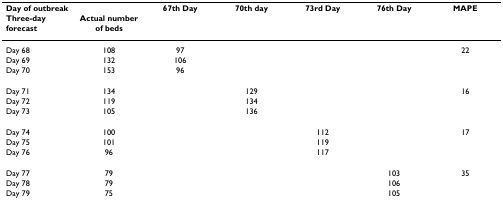
<table><thead><tr><td><b>Day of outbreak</b></td><td></td><td><b>67th Day</b></td><td><b>70th day</b></td><td><b>73rd Day</b></td><td><b>76th Day</b></td><td><b>MAPE</b></td></tr><tr><td><b>Three-day forecast</b></td><td><b>Actual number of beds</b></td><td></td><td></td><td></td><td></td><td></td></tr></thead><tbody><tr><td>Day 68</td><td>108</td><td>97</td><td></td><td></td><td></td><td>22</td></tr><tr><td>Day 69</td><td>132</td><td>106</td><td></td><td></td><td></td><td></td></tr><tr><td>Day 70</td><td>153</td><td>96</td><td></td><td></td><td></td><td></td></tr><tr><td>Day 71</td><td>134</td><td></td><td>129</td><td></td><td></td><td>16</td></tr><tr><td>Day 72</td><td>119</td><td></td><td>134</td><td></td><td></td><td></td></tr><tr><td>Day 73</td><td>105</td><td></td><td>136</td><td></td><td></td><td></td></tr><tr><td>Day 74</td><td>100</td><td></td><td></td><td>112</td><td></td><td>17</td></tr><tr><td>Day 75</td><td>101</td><td></td><td></td><td>119</td><td></td><td></td></tr><tr><td>Day 76</td><td>96</td><td></td><td></td><td>117</td><td></td><td></td></tr><tr><td>Day 77</td><td>79</td><td></td><td></td><td></td><td>103</td><td>35</td></tr><tr><td>Day 78</td><td>79</td><td></td><td></td><td></td><td>106</td><td></td></tr><tr><td>Day 79</td><td>75</td><td></td><td></td><td></td><td>105</td><td></td></tr></tbody></table>